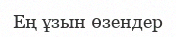
Ең ұзын өзендер